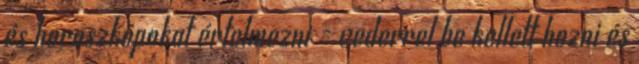
és horoszkópokat értelmezni - vederrel be kellett hozni és